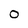
Character: o